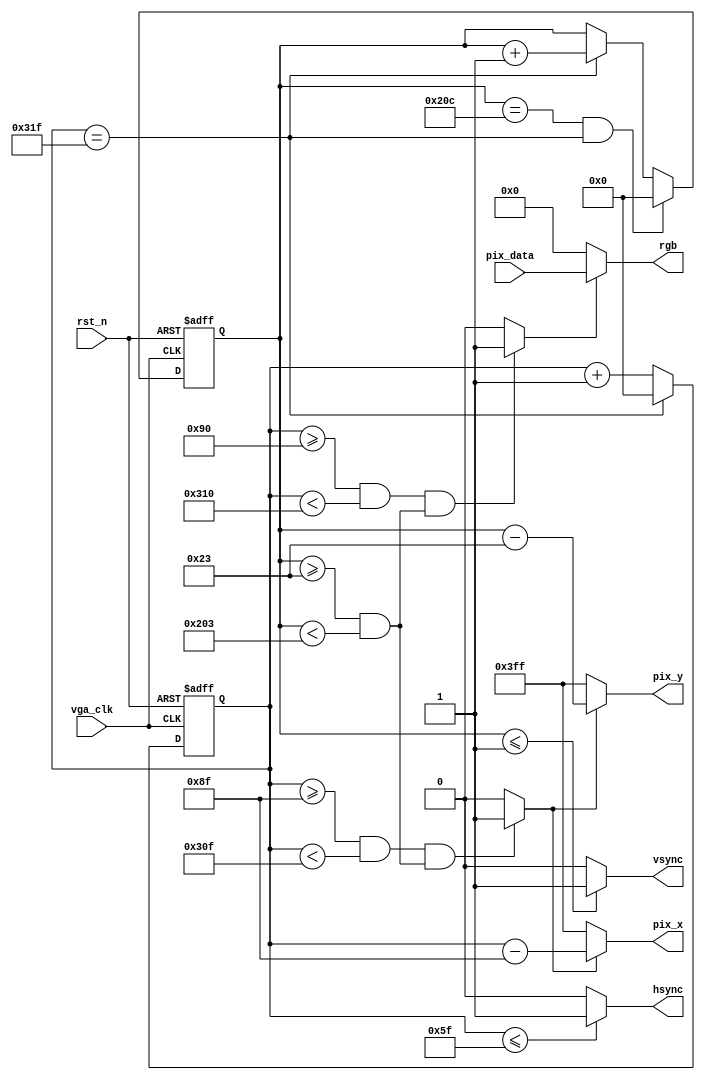
`timescale 1ns / 1ps

module vga_ctrl (
    input        vga_clk,
    input        rst_n,
    input [11:0] pix_data,

    output [ 9:0] pix_x,
    output [ 9:0] pix_y,
    output        hsync,
    output        vsync,
    output [11:0] rgb
);

  localparam H_SYNC = 10'd96;
  localparam H_BACK = 10'd40;
  localparam H_LEFT = 10'd8;
  localparam H_VALID = 10'd640;
  localparam H_RIGHT = 10'd8;
  localparam H_FRONT = 10'd8;
  localparam H_TOTAL = 10'd800;
  localparam V_SYNC = 10'd2;
  localparam V_BACK = 10'd25;
  localparam V_TOP = 10'd8;
  localparam V_VALID = 10'd480;
  localparam V_BOTTOM = 10'd8;
  localparam V_FRONT = 10'd2;
  localparam V_TOTAL = 10'd525;

  wire       rgb_valid;
  wire       pix_data_req;
  reg  [9:0] cnt_h;
  reg  [9:0] cnt_v;

  always @(posedge vga_clk or negedge rst_n)
    if (rst_n == 1'b0) cnt_h <= 10'd0;
    else if (cnt_h == H_TOTAL - 1'd1) cnt_h <= 10'd0;
    else cnt_h <= cnt_h + 1'd1;

  assign hsync = (cnt_h <= H_SYNC - 1'd1) ? 1'b1 : 1'b0;

  always @(posedge vga_clk or negedge rst_n)
    if (rst_n == 1'b0) cnt_v <= 10'd0;
    else if ((cnt_v == V_TOTAL - 1'd1) && (cnt_h == H_TOTAL - 1'd1)) cnt_v <= 10'd0;
    else if (cnt_h == H_TOTAL - 1'd1) cnt_v <= cnt_v + 1'd1;
    else cnt_v <= cnt_v;

  assign vsync = (cnt_v <= V_SYNC - 1'd1) ? 1'b1 : 1'b0;

  assign  rgb_valid = (((cnt_h >= H_SYNC + H_BACK + H_LEFT)
                    && (cnt_h < H_SYNC + H_BACK + H_LEFT + H_VALID))
                    &&((cnt_v >= V_SYNC + V_BACK + V_TOP)
                    && (cnt_v < V_SYNC + V_BACK + V_TOP + V_VALID)))
                    ? 1'b1 : 1'b0;

  assign  pix_data_req = (((cnt_h >= H_SYNC + H_BACK + H_LEFT - 1'b1)
                    && (cnt_h < H_SYNC + H_BACK + H_LEFT + H_VALID - 1'b1))
                    &&((cnt_v >= V_SYNC + V_BACK + V_TOP)
                    && (cnt_v < V_SYNC + V_BACK + V_TOP + V_VALID)))
                    ? 1'b1 : 1'b0;


  assign pix_x = (pix_data_req == 1'b1) ? (cnt_h - (H_SYNC + H_BACK + H_LEFT - 1'b1)) : 10'h3ff;
  assign pix_y = (pix_data_req == 1'b1) ? (cnt_v - (V_SYNC + V_BACK + V_TOP)) : 10'h3ff;
  assign rgb = (rgb_valid == 1'b1) ? pix_data : 12'd0;
endmodule